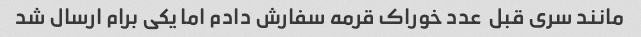
مانند سری قبل  عدد خوراک قرمه سفارش دادم اما یکی برام ارسال شد